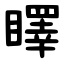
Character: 䁺